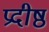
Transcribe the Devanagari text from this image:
प्रदीष्ठ